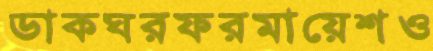
ডাকঘরফরমায়েশও